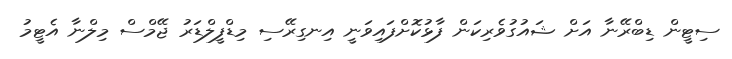
ސިޓީން ޑިބްރޭނާ އަށް ޝައުގުވެރިކަން ފާޅުކޮށްފައިވަނީ އިނގިރޭސި މިޑްފީލްޑަރު ޖޭމްސް މިލްނާ އެޓީމު